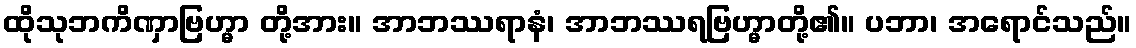
ထိုသုဘကိဏှာဗြဟ္မာ တို့အား။ အာဘဿရာနံ၊ အာဘဿရဗြဟ္မာတို့၏။ ပဘာ၊ အရောင်သည်။